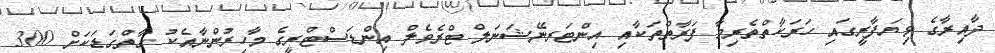
ދާއިރާގެ ވިޔަފާރީގައި ހަރަކާތްތެރިވާ ފަރާތްތަކާއި އިންޓަރނޭޝަނަލް ޓްރެވެލް އިންޑަސްޓްރީގެ މާހިރުންނާއެކު ގާތްގަޑަކަށް 300